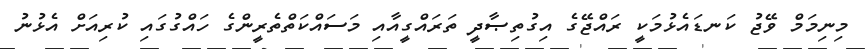
މިނިމަމް ވޭޖު ކަނޑައެޅުމަކީ ރައްޖޭގެ އިގުތިޞާދީ ތަރައްގީއާއި މަސައްކަތްތެރީންގެ ހައްގުގައި ކުރިއަށް އެޅުނު